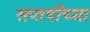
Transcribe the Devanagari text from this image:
सप्तर्षीच्या